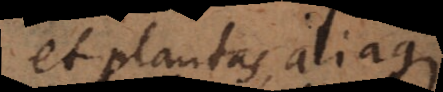
et plantas aliaque.